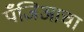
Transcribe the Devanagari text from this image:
पँजिआचा